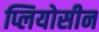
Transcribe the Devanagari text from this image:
प्लियोसीन